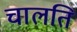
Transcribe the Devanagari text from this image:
चालति